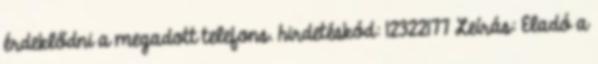
érdeklődni a megadott telefons. hirdetéskód: 12322177 Leírás: Eladó a